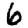
Digit: 6